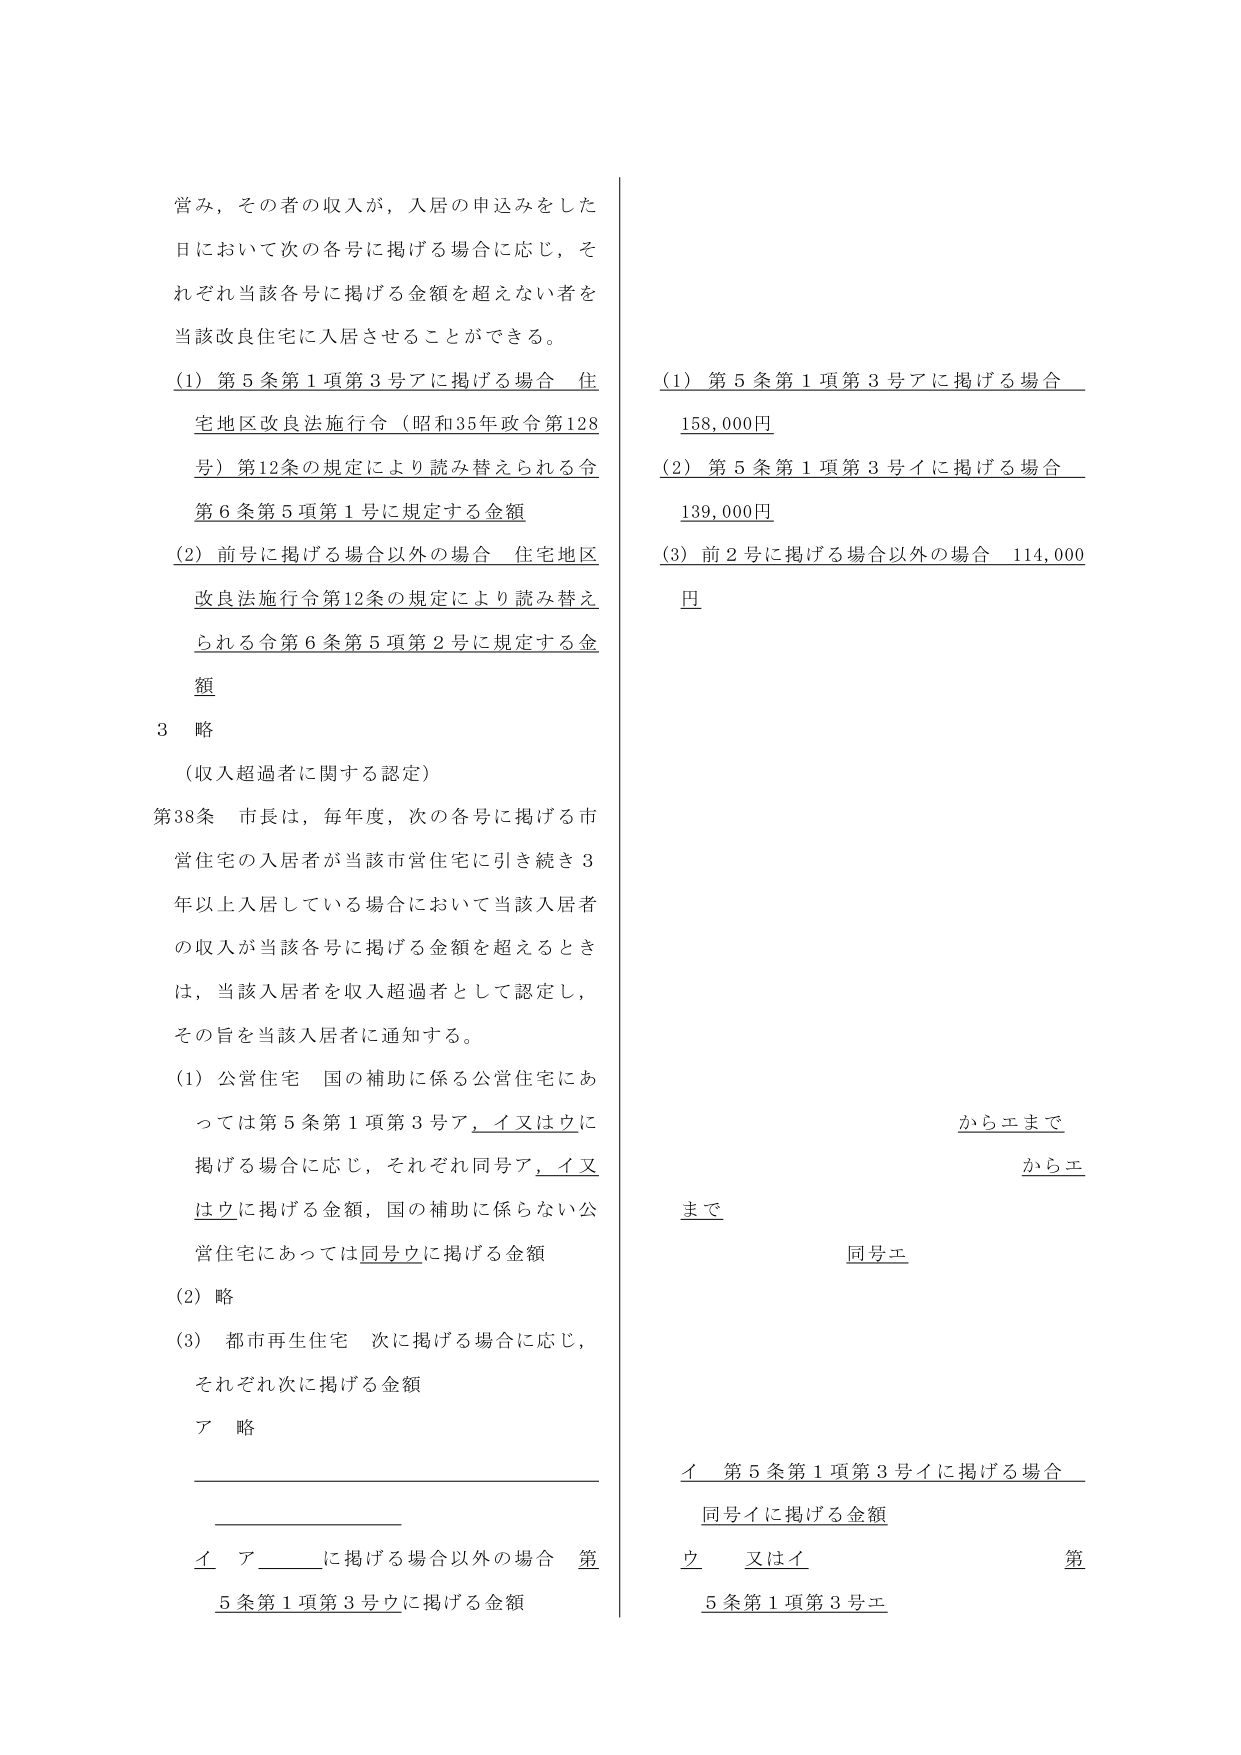
営み，その者の収入が，入居の申込みをした
日において次の各号に掲げる場合に応じ，そ
れぞれ当該各号に掲げる金額を超えない者を
当該改良住宅に入居させることができる。

（1）第5条第1項第3号アに掲げる場合 住宅地区改良法施行令（昭和35年政令第128
号）第12条の規定により読み替えられる令
第6条第5項第1号に規定する金額

（2）前号に掲げる場合以外の場合 住宅地区
改良法施行令第12条の規定により読み替え
られる令第6条第5項第2号に規定する金
額

3 略

（収入超過者に関する認定）

第38条 市長は，毎年度，次の各号に掲げる市
営住宅の入居者が当該市営住宅に引き続き3
年以上入居している場合において当該入居者
の収入が当該各号に掲げる金額を超えるとき
は，当該入居者を収入超過者として認定し，
その旨を当該入居者に通知する。

（1）公営住宅 国の補助に係る公営住宅にあ
っては第5条第1項第3号ア，イ又はウに
掲げる場合に応じ，それぞれ同号ア，イ又
はウに掲げる金額，国の補助に係らない公
営住宅にあっては同号ウに掲げる金額

（2）略

（3）都市再生住宅 次に掲げる場合に応じ，
それぞれ次に掲げる金額

ア 略

イ ア____に掲げる場合以外の場合 第
5条第1項第3号ウに掲げる金額

（1）第5条第1項第3号アに掲げる場合
158,000円

（2）第5条第1項第3号イに掲げる場合
139,000円

（3）前2号に掲げる場合以外の場合 114,000
円

からエまで
からエ
まで
同号エ

イ 第5条第1項第3号イに掲げる場合
同号イに掲げる金額

ウ 又はイ
第
5条第1項第3号エ